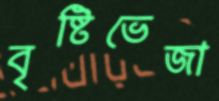
বৃষ্টিভেজা